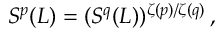
S ^ { p } ( L ) = ( S ^ { q } ( L ) ) ^ { \zeta ( p ) / \zeta ( q ) } \, ,